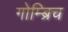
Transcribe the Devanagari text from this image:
गोम्ब्रिच